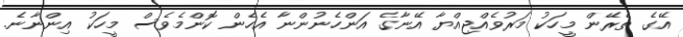
އޭގެ ތެރޭން މީހަކު މަރުވެއްޖިއްޔާ އޭނާގެ އަންހެނުންނާ އެހެން ކޮންމެވެސް މީހަކު އިންނާނެ.